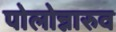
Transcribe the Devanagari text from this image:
पोलोन्नारुव